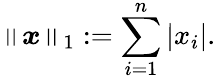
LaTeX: \left\| {\boldsymbol{x}}\right\| _{1}:=\sum_{i=1}^{n}\left|x_{i}\right|.